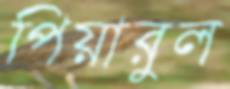
পিয়ারুল